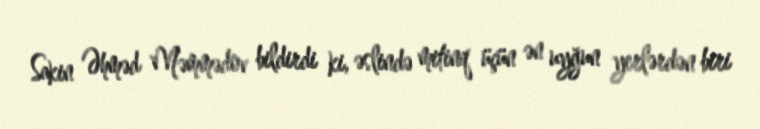
Sakin Əhməd Məmmədov bildirdi ki, əslində mitinq üçün ən uyğun yerlərdən biri